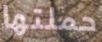
حملتها